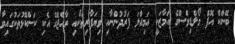
ބޭންކް އޮފް މޯލްޑިވްސްގެ އަމާޒަކީ އަމިއްލަ ފަރުދުންނާއި ވިޔަފާރިތަކާއި ރާއްޖޭގެ އެކި ކަންކޮޅުތަކުގައިވާ